Report on sanitation, dispensaries, and jails in Rajputana for 1915, and on vaccination for the year 1915-1916 - 1915-1916
Year: 1915
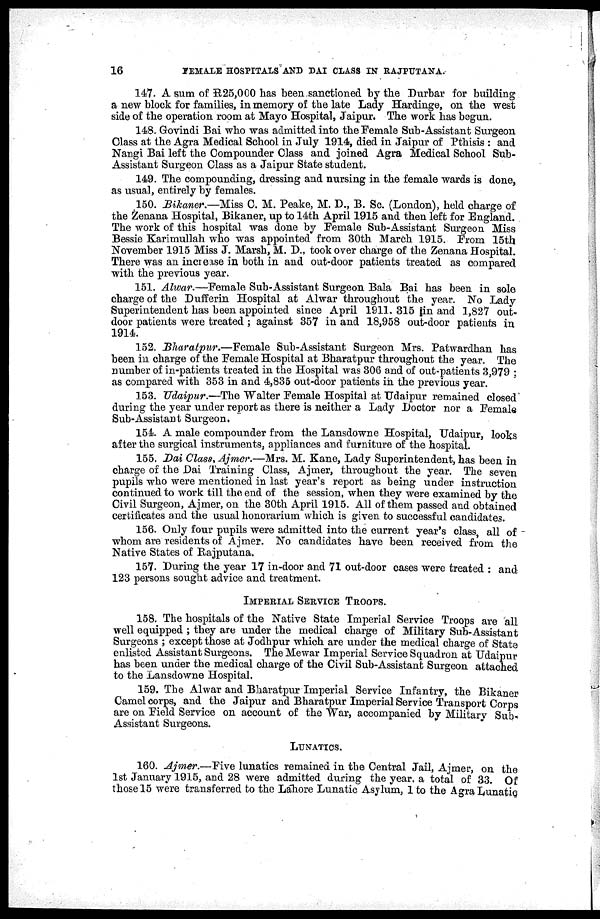
16
FEMALE
HOSPITALS AND DAI CLASS IN RAJPUTANA.
147. A sum of R25,000 has been sanctioned by the Durbar for building
a new block for families, in memory of the late Lady Hardinge, on the west
side of the operation room at Mayo Hospital, Jaipur. The work has begun.
148. Govindi Bai who was admitted into the Female Sub-Assistant Surgeon
Class at the Agra Medical School in July 1914, died in Jaipur of Pthisis : and
Nangi Bai left the Compounder Class and joined Agra Medical School Sub-
Assistant Surgeon Class as a Jaipur State student.
149. The compounding, dressing and nursing in the female wards is done,
as usual, entirely by females.
150. Bikaner.—Miss C. M. Peake, M. D., B. Sc. (London), held charge of
the Zenana Hospital, Bikaner, up to 14th April 1915 and then left for England.
The work of this hospital was done by Female Sub-Assistant Surgeon Miss
Bessie Karimullah who was appointed from 30th March 1915. From 15th
November 1915 Miss J. Marsh, M. D., took over charge of the Zenana Hospital.
There was an increase in both in and out-door patients treated as compared
with the previous year.
151. Alwar.—Female Sub-Assistant Surgeon Bala Bai has been in sole
charge of the Dufferin Hospital at Alwar throughout the year. No Lady
Superintendent has been appointed since April 1911. 315 in and 1,827 out-
door patients were treated ; against 357 in and 18,958 out-door patients in
1914.
152. Bharatpur.—Female
Sub-Assistant Surgeon Mrs. Patwardhan has
been in charge of the Female Hospital at Bharatpur throughout the year. The
number of in-patients treated in the Hospital was 306 and of out-patients 3,979 ;
as compared with 353 in and 4,835 out-door patients in the previous year.
153. Udaipur.—The Walter Female Hospital at Udaipur remained closed
during the year under report as there is neither a Lady Doctor nor a Female
Sub-Assistant Surgeon.
154. A male compounder from the Lansdowne Hospital, Udaipur, looks
after the surgical instruments, appliances and furniture of the hospital.
155. Dai Class, Ajmer.—Mrs. M. Kane, Lady Superintendent, has been in
charge of the Dai Training Class, Ajmer, throughout the year. The seven
pupils who were mentioned in last year's report as being under instruction
continued to work till the end of the session, when they were examined by the
Civil Surgeon, Ajmer, on the 30th April 1915. All of them passed and obtained
certificates and the usual honorarium which is given to successful candidates.
156. Only four pupils were admitted into the current year's class, all of
whom are residents of Ajmer. No candidates have been received from the
Native States of Rajputana.
157. During the year 17 in-door and 71 out-door cases were treated : and
123 persons sought advice and treatment.
IMPERIAL SERVICE TROOPS.
158. The hospitals of the Native State Imperial Service Troops are all
well equipped ; they are under the medical charge of Military Sub-Assistant
Surgeons ; except those at Jodhpur which are under the medical charge of State
enlisted Assistant Surgeons. The Mewar Imperial Service Squadron at Udaipur
has been under the medical charge of the Civil Sub-Assistant Surgeon attached
to the Lansdowne Hospital.
159. The Alwar and Bharatpur Imperial Service Infantry, the Bikaner
Camel corps, and the Jaipur and Bharatpur Imperial Service Transport Corps
are on Field Service on account of the War, accompanied by Military Sub-
Assistant Surgeons.
LUNATICS.
160. Ajmer.—Five lunatics remained in the Central Jail, Ajmer, on the
1st January 1915, and 28 were admitted during the year. a total of 33. Of
those 15 were transferred to the Lahore Lunatic Asylum, 1 to the Agra Lunatic